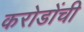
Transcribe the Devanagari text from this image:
करोडोंची